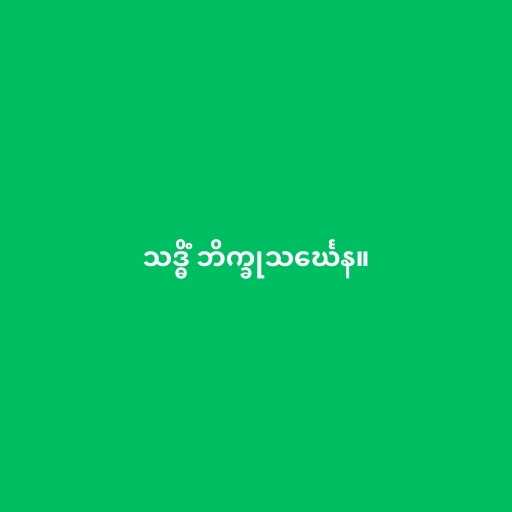
သဒ္ဓိံ ဘိက္ခုသင်္ဃေန။